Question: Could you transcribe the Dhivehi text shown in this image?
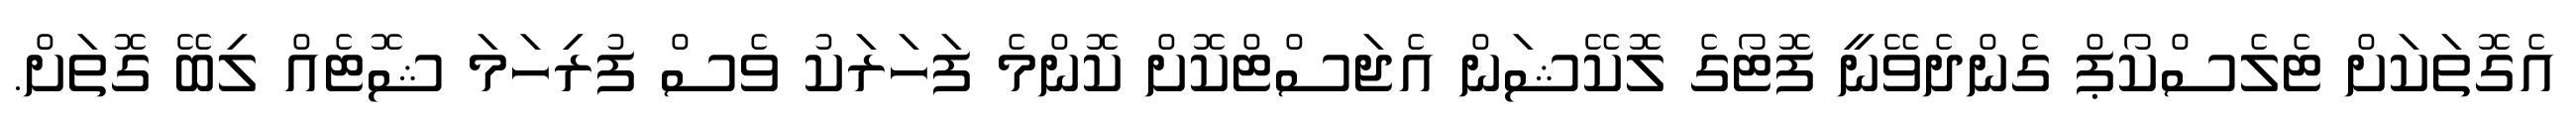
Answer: އެގޮތަކަށް ޓެލެސްކޯޕް ގެންދެވޭނީ ފޮޓޯގެ ލޮކޭޝަން އެޖަސްޓްކޮށް ކޮންމެ ފަހަރަކު ވެސް ފުރިހަމަ ޝޮޓެއް ލިބޭ ގޮތަށް.